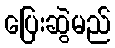
ပြေးဆွဲမည်